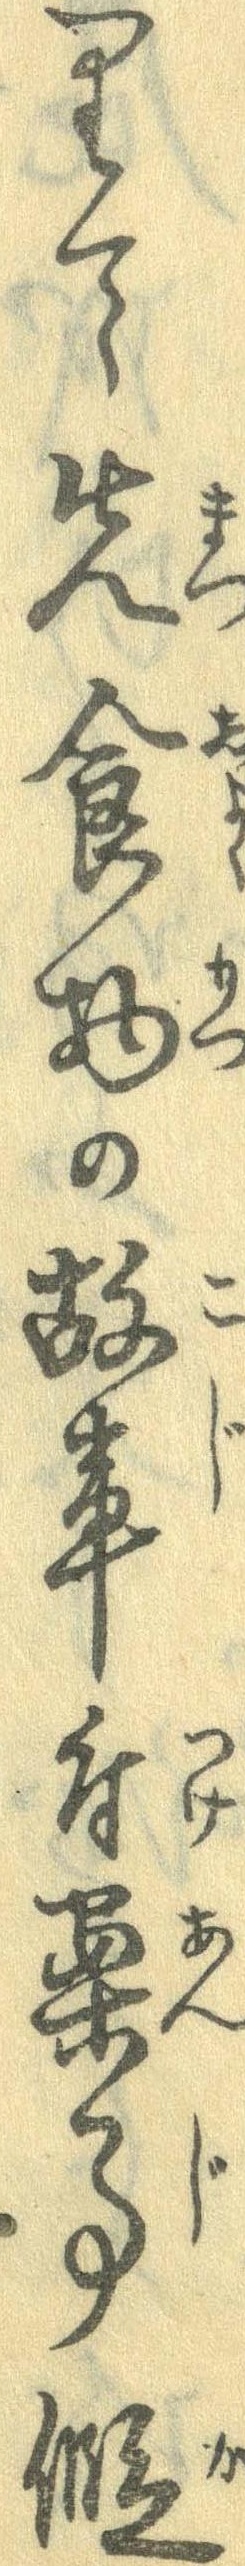
りて先食物の故事付案事仮